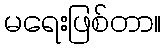
မရေးဖြစ်တာ။